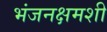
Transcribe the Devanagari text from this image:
भंजनक्षमशी